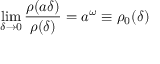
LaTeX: \operatorname * { l i m } _ { \delta \rightarrow 0 } \frac { \rho ( a \delta ) } { \rho ( \delta ) } = a ^ { \omega } \equiv \rho _ { 0 } ( \delta )